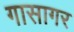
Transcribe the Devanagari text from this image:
गासागर